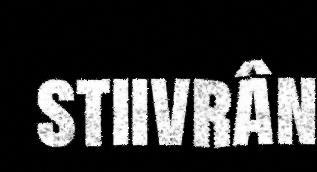
stiivrân